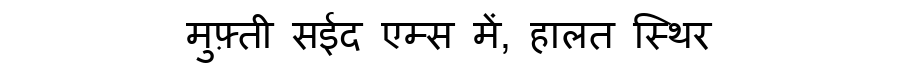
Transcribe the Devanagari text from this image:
मुफ़्ती सईद एम्स में, हालत स्थिर